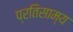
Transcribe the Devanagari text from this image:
प्रतिसाम्य